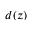
d ( z )